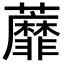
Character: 蘼